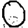
Digit: 0